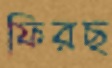
ফিরছ